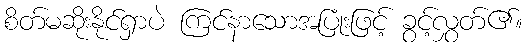
စိတ်မဆိုးနိုင်ရှာပဲ ကြင်နာသောအပြုံးဖြင့် ခွင့်လွှတ်၏။